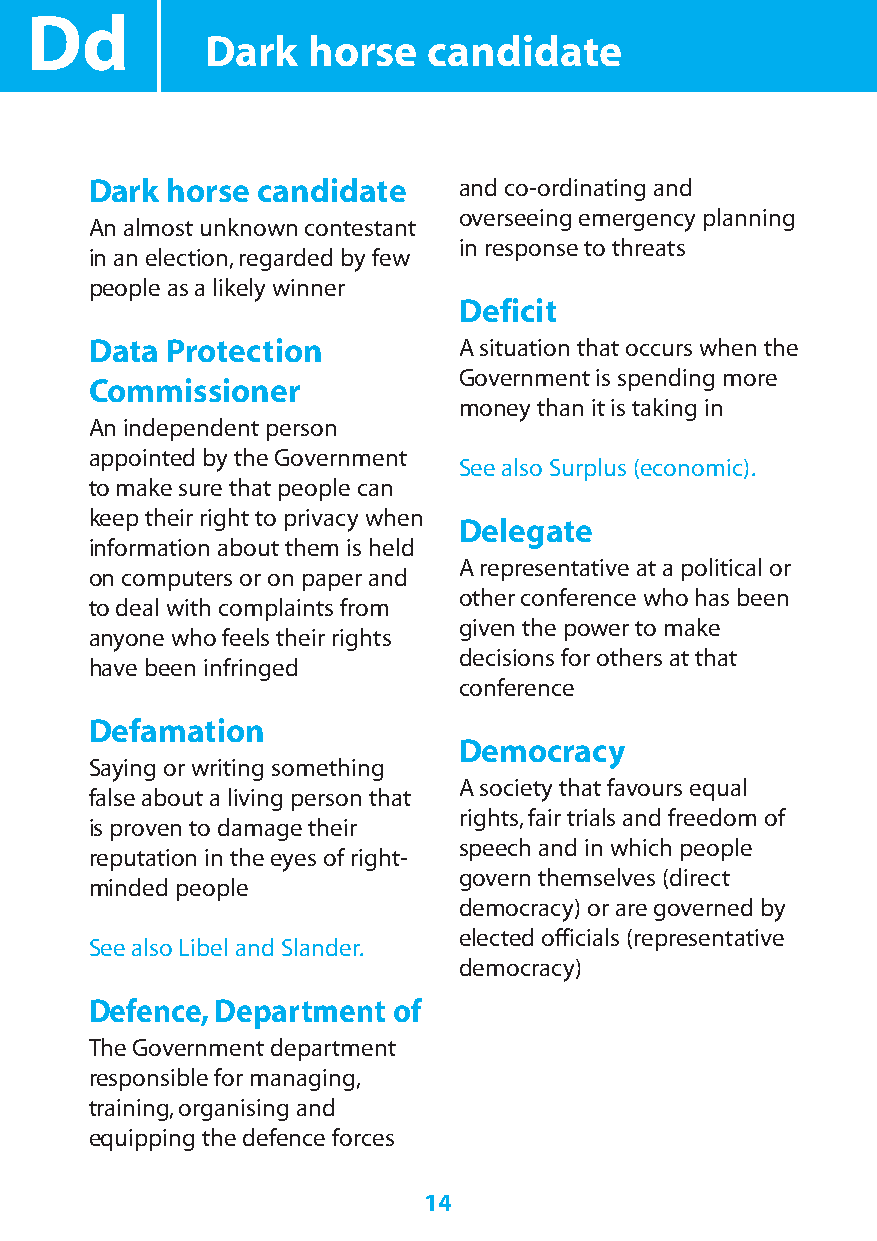
Dd
 Dark  horse   candidate
 Dark horse candidate    and co-ordinating and
 overseeing emergency planning
 An almost unknown contestant
 in response to threats
 in an election,regarded by few
 people as a likely winner
 Deficit
 Data Protection         A situation that occurs when the
 Government is spending more
 Commissioner
 money than it is taking in
 An independent person
 appointed by the Government
 See also Surplus (economic).
 to make sure that people can
 keep their right to privacy when
 Delegate
 information about them is held
 A representative at a political or
 on computers or on paper and
 other conference who has been
 to deal with complaints from
 given the power to make
 anyone who feels their rights
 decisions for others at that
 have been infringed
 conference
 Defamation
 Democracy
 Saying or writing something
 A society that favours equal
 false about a living person that
 rights,fair trials and freedom of
 is proven to damage their
 speech and in which people
 reputation in the eyes of right-
 govern themselves (direct
 minded people
 democracy) or are governed by
 elected officials (representative
 See also Libel and Slander.
 democracy)
 Defence,Department  of
 The Government department
 responsible for managing,
 training,organising and
 equipping the defence forces
 14